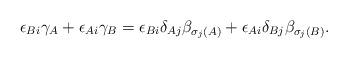
LaTeX: \begin{align*}\epsilon_{Bi}\gamma_A+ \epsilon_{Ai}\gamma_B = \epsilon_{Bi}\delta_{Aj}\beta_{\sigma_j(A)}+\epsilon_{Ai}\delta_{Bj}\beta_{\sigma_j(B)}.\end{align*}